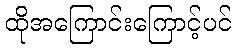
ထိုအကြောင်းကြောင့်ပင်